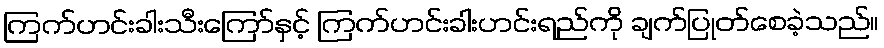
ကြက်ဟင်းခါးသီးကြော်နှင့် ကြက်ဟင်းခါးဟင်းရည်ကို ချက်ပြုတ်စေခဲ့သည်။